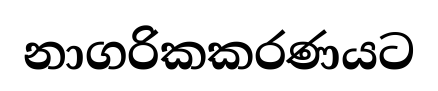
නාගරිකකරණයට